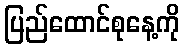
ပြည်ထောင်စုနေ့ကို